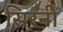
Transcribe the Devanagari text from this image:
सिरनी